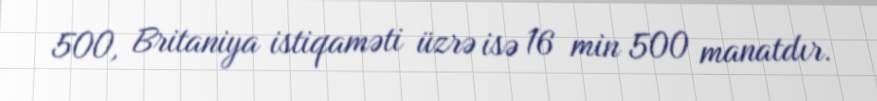
500, Britaniya istiqaməti üzrə isə 16 min 500 manatdır.